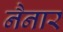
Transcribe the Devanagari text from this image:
नैनार